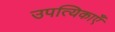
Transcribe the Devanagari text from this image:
उपत्यिकाएँ